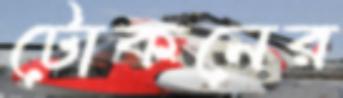
টোকনের